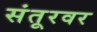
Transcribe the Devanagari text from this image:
संतूरवर